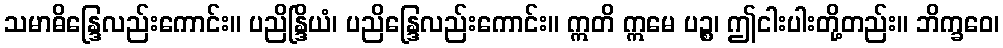
သမာဓိန္ဒြေလည်းကောင်း။ ပညိန္ဒြိယံ၊ ပညိန္ဒြေလည်းကောင်း။ ဣတိ ဣမေ ပဉ္စ၊ ဤငါးပါးတို့တည်း။ ဘိက္ခဝေ၊